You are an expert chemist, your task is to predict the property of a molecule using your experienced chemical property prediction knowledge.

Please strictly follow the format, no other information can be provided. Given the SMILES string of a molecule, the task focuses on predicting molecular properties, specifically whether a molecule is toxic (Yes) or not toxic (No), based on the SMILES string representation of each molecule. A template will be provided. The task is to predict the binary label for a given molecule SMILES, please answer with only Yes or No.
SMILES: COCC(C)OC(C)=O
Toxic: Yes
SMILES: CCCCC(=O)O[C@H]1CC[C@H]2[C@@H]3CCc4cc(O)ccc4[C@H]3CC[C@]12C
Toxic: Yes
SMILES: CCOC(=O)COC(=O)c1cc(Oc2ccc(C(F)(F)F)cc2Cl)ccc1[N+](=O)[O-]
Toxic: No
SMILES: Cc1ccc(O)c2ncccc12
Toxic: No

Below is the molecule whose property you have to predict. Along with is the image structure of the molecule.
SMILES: Nc1cc(Cl)c(NC2=NCCN2)c(Cl)c1
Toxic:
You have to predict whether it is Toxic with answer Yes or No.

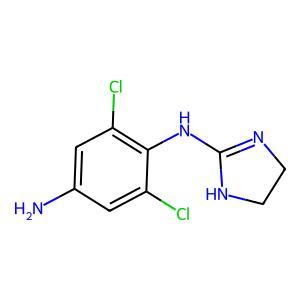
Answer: No